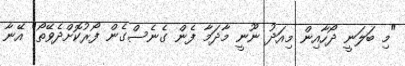
"މި ބަލަނީ ދޯހާއިން މިއަދު ނޫނީ މާދަމާ ފެން ގެނެސްގެން ފޯރުކޮށްދެވޭތޯ" އޭނާ